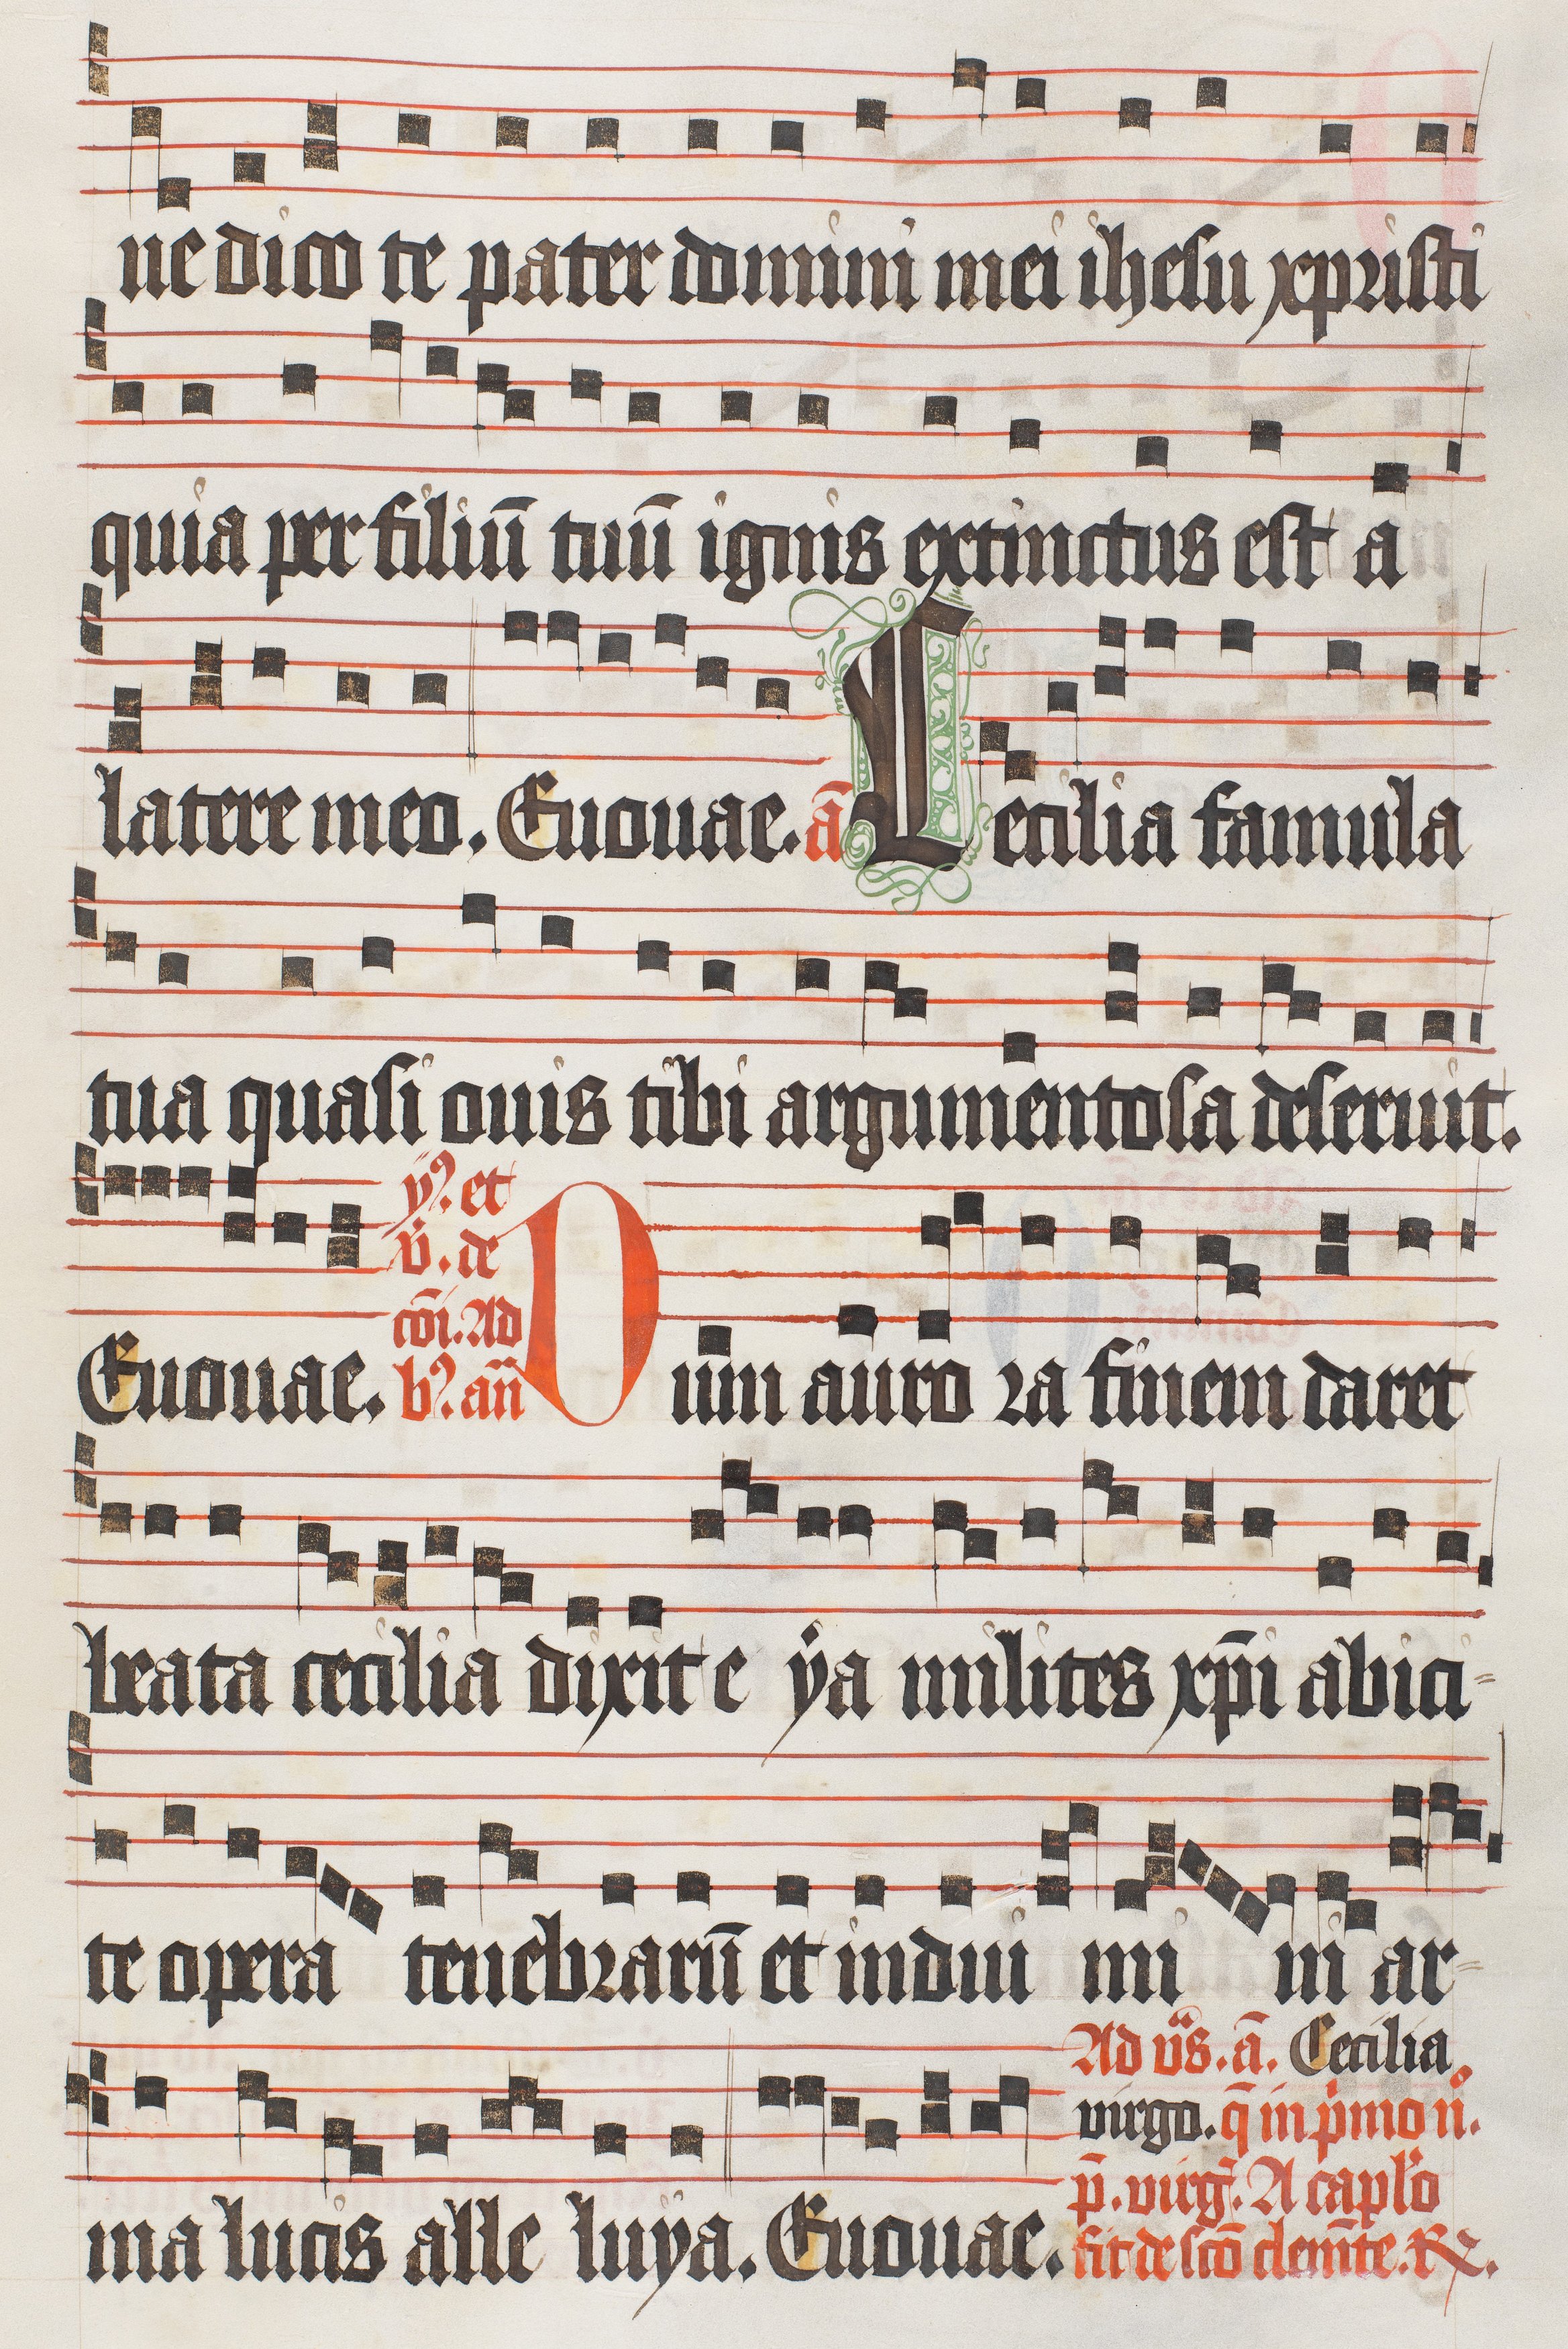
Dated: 1474–1505